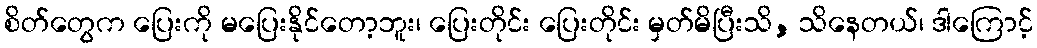
စိတ်တွေက ပြေးကို မပြေးနိုင်တော့ဘူး၊ ပြေးတိုင်း ပြေးတိုင်း မှတ်မိပြီးသိ, သိနေတယ်၊ ဒါကြောင့်